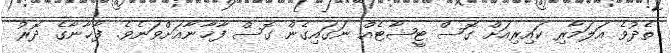
ތެދުވެ އަލަމާރި ކައިރިއަށް ގޮސް ޓީޝާޓެއް ނަގައިގެން ގޮސް ފާޚާނާއަށްވަނެވެ. ފާޚާނާގެ ދޮރު